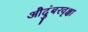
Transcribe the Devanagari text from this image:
औदुंबरवृक्षा